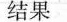
结果